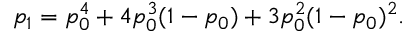
p _ { 1 } = p _ { 0 } ^ { 4 } + 4 p _ { 0 } ^ { 3 } ( 1 - p _ { 0 } ) + 3 p _ { 0 } ^ { 2 } ( 1 - p _ { 0 } ) ^ { 2 } .